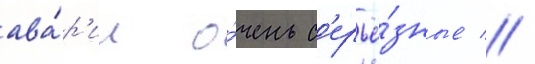
ава́р'ии о́чень с'ерьё́зные //